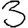
Digit: 3